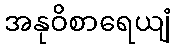
အနုဝိစာရေယျံ